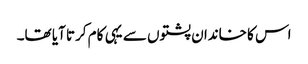
اس کا خاندان پشتوں سے یہی کام کرتا آیا تھا۔